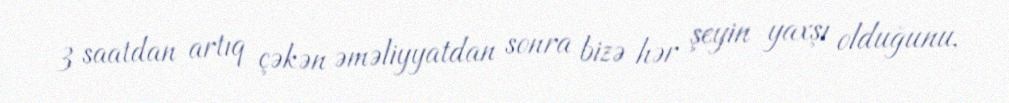
3 saatdan artıq çəkən əməliyyatdan sonra bizə hər şeyin yaxşı olduğunu,